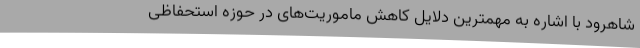
شاهرود با اشاره به مهمترین دلایل کاهش ماموریت‌های در حوزه استحفاظی